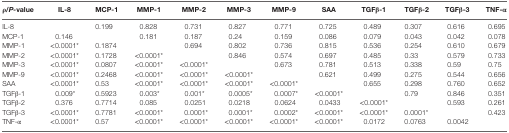
<table><thead><tr><td><b>ρ/<i>P-</i>value</b></td><td><b>IL-8</b></td><td><b>MCP-1</b></td><td><b>MMP-1</b></td><td><b>MMP-2</b></td><td><b>MMP-3</b></td><td><b>MMP-9</b></td><td><b>SAA</b></td><td><b>TGFβ-1</b></td><td><b>TGFβ-2</b></td><td><b>TGFβ-3</b></td><td><b>TNF-α</b></td></tr></thead><tbody><tr><td>IL-8</td><td></td><td>0.199</td><td>0.828</td><td>0.731</td><td>0.827</td><td>0.771</td><td>0.725</td><td>0.489</td><td>0.307</td><td>0.616</td><td>0.695</td></tr><tr><td>MCP-1</td><td>0.146</td><td></td><td>0.181</td><td>0.187</td><td>0.24</td><td>0.159</td><td>0.086</td><td>0.079</td><td>0.043</td><td>0.042</td><td>0.078</td></tr><tr><td>MMP-1</td><td>&lt;0.0001*</td><td>0.1874</td><td></td><td>0.694</td><td>0.802</td><td>0.736</td><td>0.815</td><td>0.536</td><td>0.254</td><td>0.610</td><td>0.679</td></tr><tr><td>MMP-2</td><td>&lt;0.0001*</td><td>0.1728</td><td>&lt;0.0001*</td><td></td><td>0.846</td><td>0.574</td><td>0.697</td><td>0.485</td><td>0.33</td><td>0.579</td><td>0.733</td></tr><tr><td>MMP-3</td><td>&lt;0.0001*</td><td>0.0807</td><td>&lt;0.0001*</td><td>&lt;0.0001*</td><td></td><td>0.673</td><td>0.781</td><td>0.513</td><td>0.338</td><td>0.59</td><td>0.75</td></tr><tr><td>MMP-9</td><td>&lt;0.0001*</td><td>0.2468</td><td>&lt;0.0001*</td><td>&lt;0.0001*</td><td>&lt;0.0001*</td><td></td><td>0.621</td><td>0.499</td><td>0.275</td><td>0.544</td><td>0.656</td></tr><tr><td>SAA</td><td>&lt;0.0001*</td><td>0.53</td><td>&lt;0.0001*</td><td>&lt;0.0001*</td><td>&lt;0.0001*</td><td>&lt;0.0001*</td><td></td><td>0.655</td><td>0.298</td><td>0.760</td><td>0.652</td></tr><tr><td>TGFβ-1</td><td>0.009*</td><td>0.5923</td><td>0.003*</td><td>0.001*</td><td>0.0005*</td><td>0.0007*</td><td>&lt;0.0001*</td><td></td><td>0.79</td><td>0.846</td><td>0.351</td></tr><tr><td>TGFβ-2</td><td>0.376</td><td>0.7714</td><td>0.085</td><td>0.0251</td><td>0.0218</td><td>0.0624</td><td>0.0433</td><td>&lt;0.0001*</td><td></td><td>0.593</td><td>0.261</td></tr><tr><td>TGFβ-3</td><td>&lt;0.0001*</td><td>0.7781</td><td>&lt;0.0001*</td><td>0.0001*</td><td>0.0001*</td><td>0.0002*</td><td>&lt;0.0001*</td><td>&lt;0.0001*</td><td>0.0001*</td><td></td><td>0.423</td></tr><tr><td>TNF-α</td><td>&lt;0.0001*</td><td>0.57</td><td>&lt;0.0001*</td><td>&lt;0.0001*</td><td>&lt;0.0001*</td><td>&lt;0.0001*</td><td>&lt;0.0001*</td><td>0.0172</td><td>0.0763</td><td>0.0042</td><td></td></tr></tbody></table>